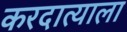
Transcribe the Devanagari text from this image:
करदात्याला